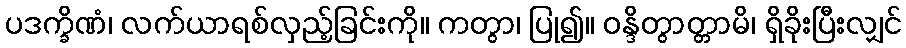
ပဒက္ခိဏံ၊ လက်ယာရစ်လှည့်ခြင်းကို။ ကတွာ၊ ပြု၍။ ဝန္ဒိတွာတ္တာမိ၊ ရှိခိုးပြီးလျှင်